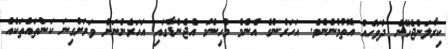
ކިރާލަންޖެހޭނެ ދުވަހެއް އޮތުމުންނެވެ. އަހަރެންގެ އެންމެ މުހިންމު އެޖެންޑާގައި އަހަރެންނަށް ވަރަށްގިނަ ކަންތައްތަކެއް